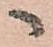
へ